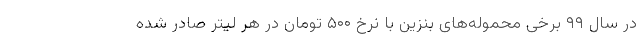
در سال ۹۹ برخی محموله‌های بنزین با نرخ ۵۰۰ تومان در هر لیتر صادر شده